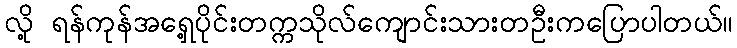
လို့ ရန်ကုန်အရှေ့ပိုင်းတက္ကသိုလ်ကျောင်းသားတဦးကပြောပါတယ်။